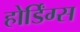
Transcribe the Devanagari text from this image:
होर्डिंग्स